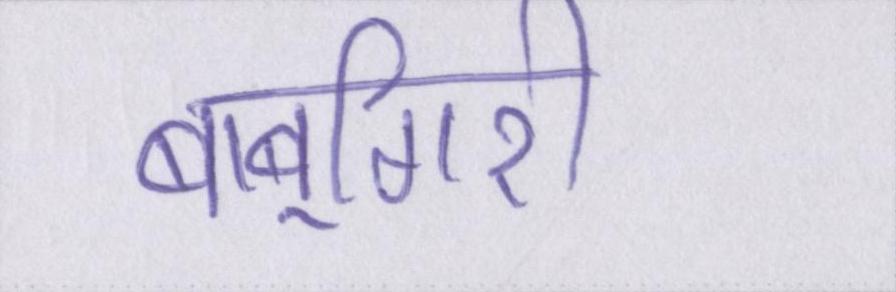
बाबूगिरी